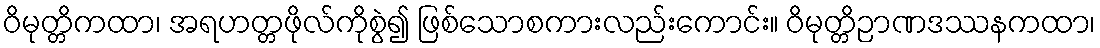
ဝိမုတ္တိကထာ၊ အရဟတ္တဖိုလ်ကိုစွဲ၍ ဖြစ်သောစကားလည်းကောင်း။ ဝိမုတ္တိဉာဏဒဿနကထာ၊